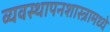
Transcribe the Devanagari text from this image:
व्यवस्थापनशास्त्रामध्ये